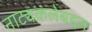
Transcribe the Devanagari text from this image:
नाट्यकलेबद्दल